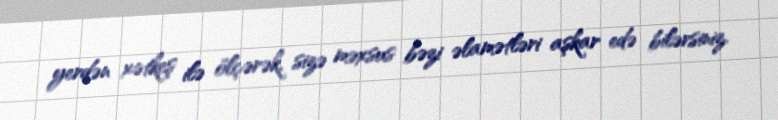
yerdən xətkeş ilə ölçərək, sizə məxsus bəzi əlamətləri aşkar edə bilərsiniz.